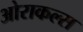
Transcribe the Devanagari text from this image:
ओराकल्स